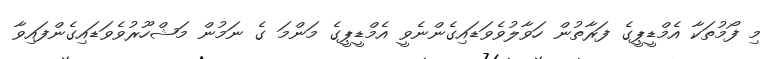
މި ފޯމުތަކާ އެމްޑީޕީގެ ފަރާތުން ހަވާލުވެވަޑައިގެންނެވީ އެމްޑީޕީގެ މަންމަ ގެ ނަމުން މަޝްހޫރުވެވަޑައިގެންފައިވާ